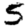
Digit: 5